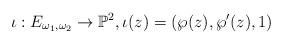
LaTeX: \begin{align*} \iota:E_{\omega_1,\omega_2}\to \mathbb{P}^2, \iota(z)=(\wp(z),\wp'(z),1) \end{align*}